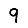
Digit: 9